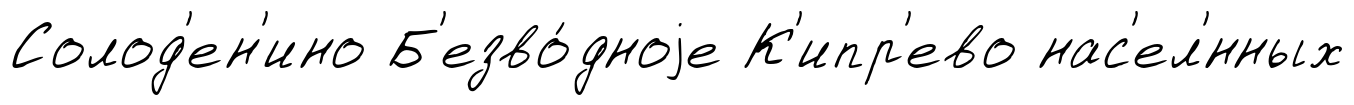
Солод'ен'ино Б'езво́дноjе К'ипр'ево нас'ел'́нных